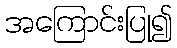
အကြောင်းပြု၍